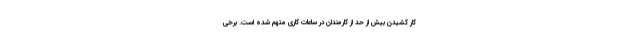
کار کشیدن بیش از حد از کارمندان در ساعات کاری متهم شده است. برخی